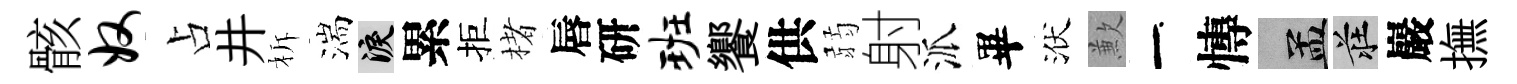
骸奴占井柝湍泪累拒楮唇研班饗供弱射派畢洑歉一慱汴莊巖撫